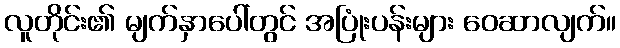
လူတိုင်း၏ မျက်နှာပေါ်တွင် အပြုံးပန်းများ ဝေဆာလျက်။